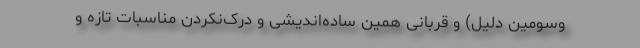
وسومین دلیل) و قربانی همین ساده‌اندیشی و درک‌نکردن مناسبات تازه و